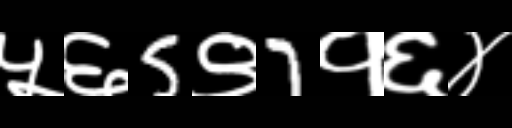
Text: ५६5९7१६४